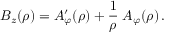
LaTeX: B _ { z } ( \rho ) = A _ { \varphi } ^ { \prime } ( \rho ) + { \frac { 1 } { \rho } } \; A _ { \varphi } ( \rho ) \, .